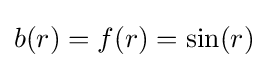
b(r)=f(r)=\sin(r)